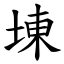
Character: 埬